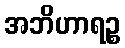
အဘိဟာရဉ္စ